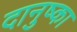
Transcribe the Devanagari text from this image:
दानुष्का